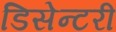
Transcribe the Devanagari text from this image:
डिसेन्टरी